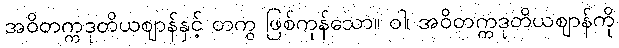
အဝိတက္ကဒုတိယဈာန်နှင့် တကွ ဖြစ်ကုန်သော။ ဝါ၊ အဝိတက္ကဒုတိယဈာန်ကို